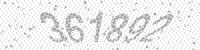
Solution: 361892